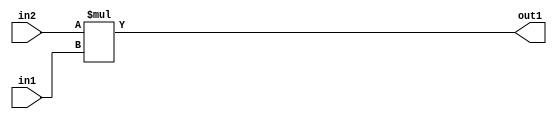
`timescale 1ps / 1ps
/*****************************************************************************
    Verilog RTL Description
    
    
    Created by: Stratus DpOpt 21.05.01 
*******************************************************************************/

module SobelFilter_Mul_32Sx7U_32S_4 (
	in2,
	in1,
	out1
	); /* architecture "behavioural" */ 
input [31:0] in2;
input [6:0] in1;
output [31:0] out1;
wire [31:0] asc001;

assign asc001 = 
	+(in2 * in1);

assign out1 = asc001;
endmodule

/* CADENCE  ubD5TQs= : u9/ySxbfrwZIxEzHVQQV8Q== ** DO NOT EDIT THIS LINE ******/